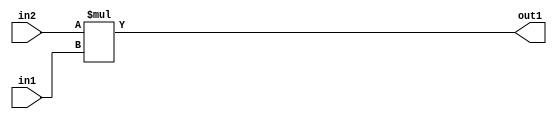
`timescale 1ps / 1ps
/*****************************************************************************
    Verilog RTL Description
    
    
    Created by: Stratus DpOpt 21.05.01 
*******************************************************************************/

module SobelFilter_Mul_32Sx7U_32S_4 (
	in2,
	in1,
	out1
	); /* architecture "behavioural" */ 
input [31:0] in2;
input [6:0] in1;
output [31:0] out1;
wire [31:0] asc001;

assign asc001 = 
	+(in2 * in1);

assign out1 = asc001;
endmodule

/* CADENCE  ubD5TQs= : u9/ySxbfrwZIxEzHVQQV8Q== ** DO NOT EDIT THIS LINE ******/